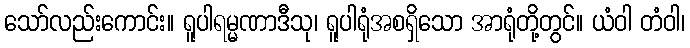
သော်လည်းကောင်း။ ရူပါရမ္မဏာဒီသု၊ ရူပါရုံအစရှိသော အာရုံတို့တွင်။ ယံဝါ တံဝါ၊